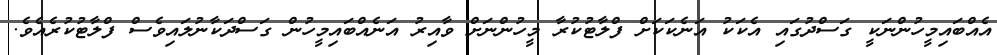
އެއްބައިމީހުންނަކީ ގަސްދުގައި އެކަކު އަނެކަކަށް ފްލާޓުކުރާ މީހުންނަށް ވާއިރު އަނެއްބައިމީހުން ގަސްދަކާނުލައިވެސް ފްލާޓުކުރެއެވެ.